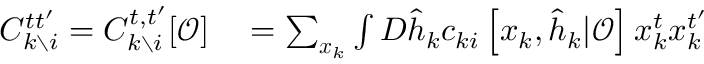
\begin{array} { r l } { C _ { k \setminus i } ^ { t t ^ { \prime } } = C _ { k \setminus i } ^ { t , t ^ { \prime } } [ \boldsymbol { \mathcal { O } } ] } & { { } = \sum _ { \boldsymbol { x } _ { k } } \int D \hat { \boldsymbol { h } } _ { k } c _ { k i } \left[ \boldsymbol { x } _ { k } , \hat { \boldsymbol { h } } _ { k } | \boldsymbol { \mathcal { O } } \right] x _ { k } ^ { t } x _ { k } ^ { t ^ { \prime } } } \end{array}